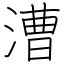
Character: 漕